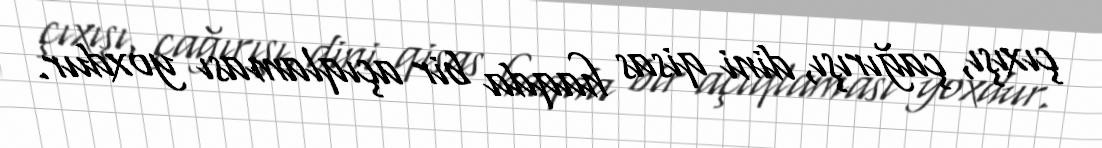
çıxışı, çağırışı, dini qisas haqda bir açıqlaması yoxdur.